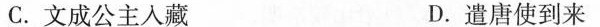
C.文成公主入藏 D.遣唐使到来